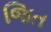
જિત